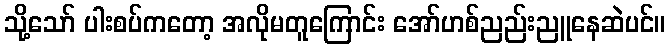
သို့သော် ပါးစပ်ကတော့ အလိုမတူကြောင်း အော်ဟစ်ညည်းညူနေဆဲပင်။